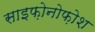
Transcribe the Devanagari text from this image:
साइफ़ोनोफ़ोश